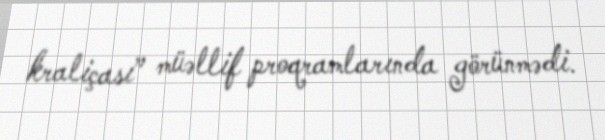
kraliçası” müəllif proqramlarında görünmədi.